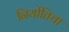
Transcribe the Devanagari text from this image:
निर्यातिचा